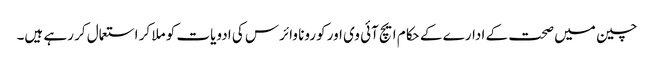
چین میں صحت کے ادارے کے حکام ایچ آئی وی اور کورونا وائرس کی ادویات کو ملا کر استعمال کر رہے ہیں۔